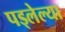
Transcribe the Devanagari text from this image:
पड्लेल्या